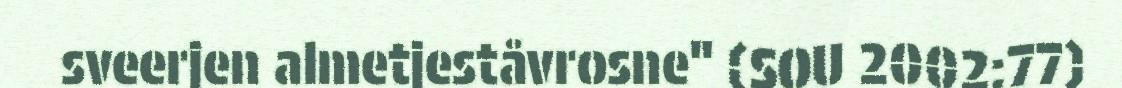
sveerjen almetjeståvrosne" (SOU 2002:77)